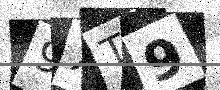
Text: 9XT9